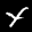
Label: 4